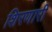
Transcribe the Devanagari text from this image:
शिरणारी